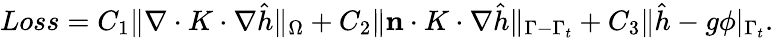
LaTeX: \begin{array}{r}{Loss=C_{1}\| \nabla\cdot K\cdot\nabla\hat{h}\| _{\Omega}+C_{2}\| \mathbf{n}\cdot K\cdot\nabla\hat{h}\| _{\Gamma-\Gamma_{t}}+C_{3}\| \hat{h}-g\phi|_{\Gamma_{t}}.}\end{array}